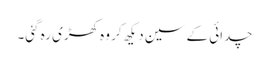
چدائی کے سین دیکھ کر وہ کھڑی رہ گئی۔